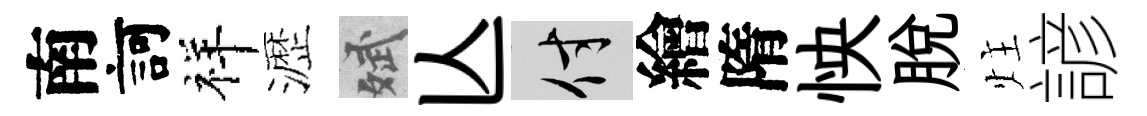
南訶祥瀝斌亾付繪隋怏脱炷諺